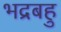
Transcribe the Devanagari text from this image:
भद्रबहु